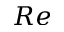
R e